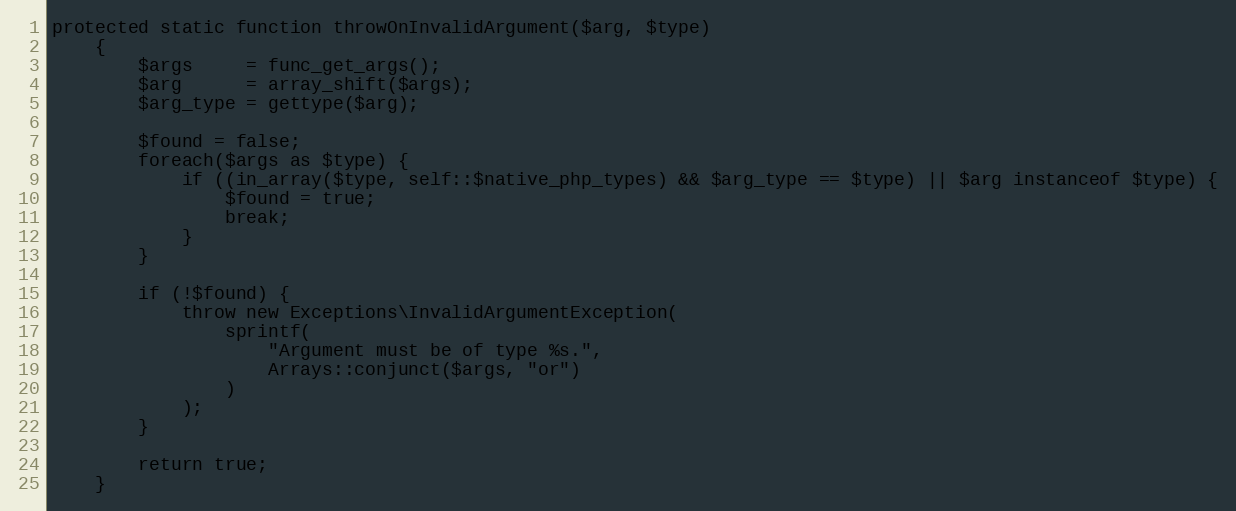
Language: PHP
protected static function throwOnInvalidArgument($arg, $type)
    {
        $args     = func_get_args();
        $arg      = array_shift($args);
        $arg_type = gettype($arg);

        $found = false;
        foreach($args as $type) {
            if ((in_array($type, self::$native_php_types) && $arg_type == $type) || $arg instanceof $type) {
                $found = true;
                break;
            }
        }

        if (!$found) {
            throw new Exceptions\InvalidArgumentException(
                sprintf(
                    "Argument must be of type %s.",
                    Arrays::conjunct($args, "or")
                )
            );
        }

        return true;
    }